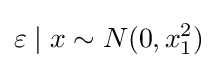
\varepsilon \mid x\sim N(0,x_{1}^{2})